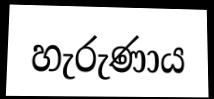
හැරුණාය